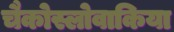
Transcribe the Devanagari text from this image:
चैकोस्लोवाकिया